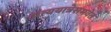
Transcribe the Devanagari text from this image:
अंत्ययात्रेसमवेत